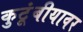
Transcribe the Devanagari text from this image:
कुटूंबीयावर